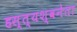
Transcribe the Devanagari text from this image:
हस्त्यश्वनेता